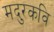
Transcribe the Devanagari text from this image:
मदुरकवि